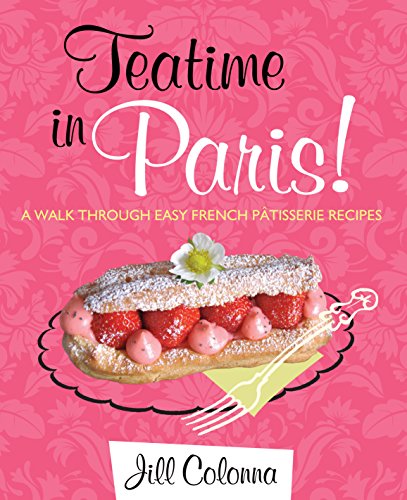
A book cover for Teatime in Paris!: A Walk Through Easy French Patisserie Recipes; Jill Colonna; Cookbooks, Food & Wine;